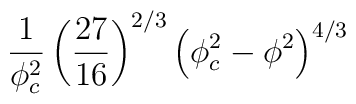
\frac{1}{\phi_c^2} \left ( \frac{27}{16} \right )^{2/3} \left ( \phi_c^2 -\phi^2 \right )^{4/3}